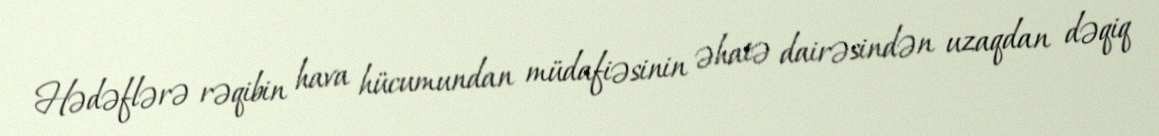
Hədəflərə rəqibin hava hücumundan müdafiəsinin əhatə dairəsindən uzaqdan dəqiq